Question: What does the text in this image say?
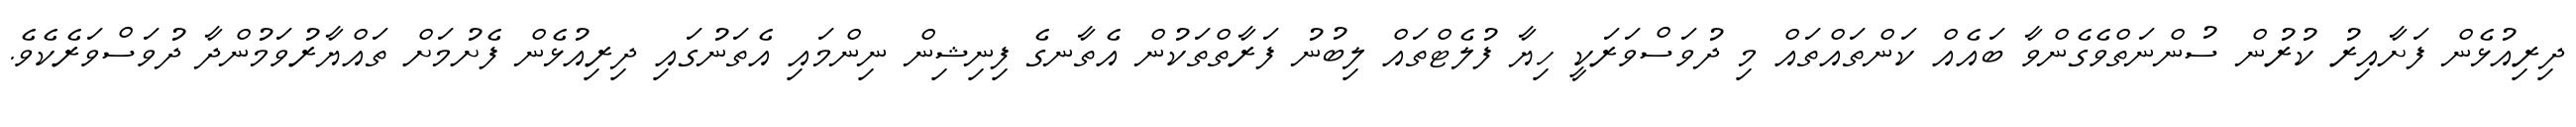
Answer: ދިރިއުޅެން ފަށާއިރު ކުރުން ސުންނަތްވެގެންވާ ބައެއް ކަންތައްތައް މި ދުވަސްވަރަކީ ހިޔާ ފުލެޓްތައް ލިބުނު ފަރާތްތަކުން އެތާނގެ ފިނިޝިން ނިންމައި އެތަނުގައި ދިރިއުޅެން ފެށުމަށް ތައްޔާރުވަމުންދާ ދުވަސްވަރެކެވެ.